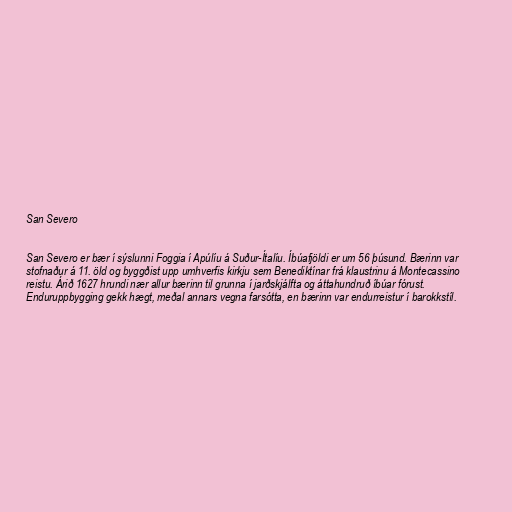
San Severo

San Severo er bær í sýslunni Foggia í Apúlíu á Suður-Ítalíu. Íbúafjöldi er um 56 þúsund. Bærinn var
stofnaður á 11. öld og byggðist upp umhverfis kirkju sem Benediktínar frá klaustrinu á Montecassino
reistu. Árið 1627 hrundi nær allur bærinn til grunna í jarðskjálfta og áttahundruð íbúar fórust.
Enduruppbygging gekk hægt, meðal annars vegna farsótta, en bærinn var endurreistur í barokkstíl.